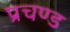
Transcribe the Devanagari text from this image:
प्रचण्‍ड